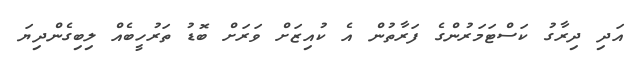
އަދި ދިރާގު ކަސްޓަމަރުންގެ ފަރާތުން އެ ކުއިޒަށް ވަރަށް ބޮޑު ތަރުހީބެއް ލިބިގެންދިޔަ